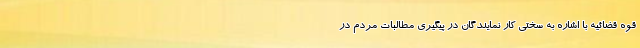
قوه قضائیه با اشاره به سختی کار نمایندگان در پیگیری مطالبات مردم در